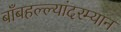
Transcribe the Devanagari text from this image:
बाँबहल्ल्यांदरम्यान